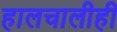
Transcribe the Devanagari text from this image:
हालचालीही